Scottish Leaving Certificate Examination, 1958
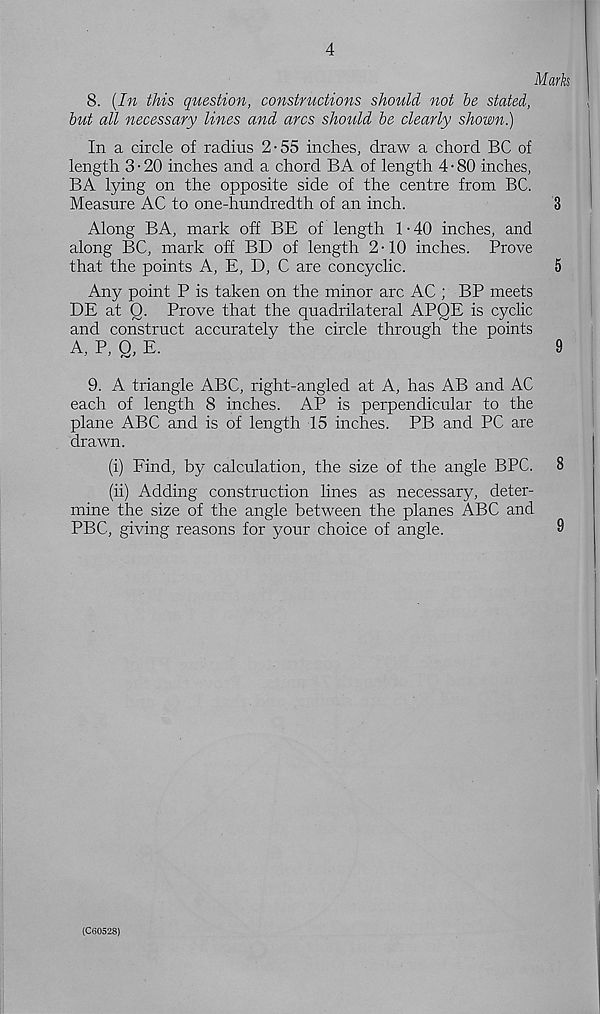
4
Marks
8. (In this question, constructions should not be stated,
but all necessary lines and arcs should be clearly shown)
In a circle of radius 2-55 inches, draw a chord BC of
length 3-20 inches and a chord BA of length 4-80 inches,
BA lying on the opposite side of the centre from BC.
Measure AC to one-hundredth of an inch.
3
Along BA, mark off BE of length 1 • 40 inches, and
along BC, mark off BD of length 2-10 inches. Prove
that the points A, E, D, C are concyclic.
5
Any point P is taken on the minor arc AC ; BP meets
DE at Q. Prove that the quadrilateral APQE is cyclic
and construct accurately the circle through the points
A, P, Q, E.
9
9. A triangle ABC, right-angled at A, has AB and AC
each of length 8 inches. AP is perpendicular to the
plane ABC and is of length 15 inches. PB and PC are
drawn.
(i) Find, by calculation, the size of the angle BPC.
8
(ii) Adding construction lines as necessary, deter-
mine the size of the angle between the planes ABC and
PBC, giving reasons for your choice of angle.
9
(C60528)